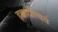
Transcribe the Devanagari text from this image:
हक्काप्रीत्यर्थ